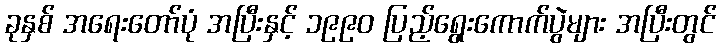
ခုနှစ် အရေးတော်ပုံ အပြီးနှင့် ၁၉၉၀ ပြည့်ရွေးကောက်ပွဲများ အပြီးတွင်